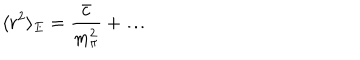
\langle r ^ { 2 } \rangle _ { E } = \frac { \bar { c } } { m _ { \pi } ^ { 2 } } + \dots